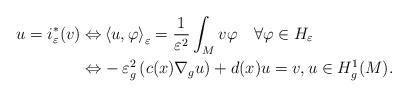
\begin{align*}u=i_{\varepsilon}^{\ast}(v)\Leftrightarrow & \left\langle u,\varphi\right\rangle _{\varepsilon}=\frac{1}{\varepsilon^{2}}\int_{M}v\varphi\quad\forall\varphi\in H_{\varepsilon}\\\Leftrightarrow & -\varepsilon^{2}_{g}\left( c(x)\nabla_{g}u\right) +d(x)u=v,u\in H_{g}^{1}(M).\end{align*}